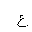
Letter: _ayn